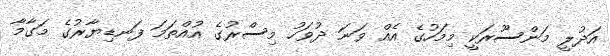
އަދުލީ މަންސޫރަކީ މިމަހުގެ އެއް ވަނަ ދުވަހު މިސްރުގެ އުއްތަމަ ފަނޑިޔާރުގެ މަގާމާ